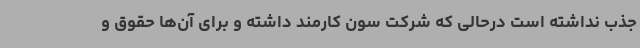
جذب نداشته است درحالی که شرکت سون کارمند داشته و برای آن‌ها حقوق و